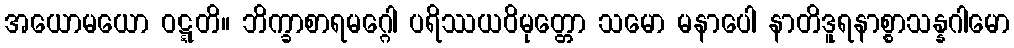
အယောမယော ဝဋ္ဋတိ။ ဘိက္ခာစာရမဂ္ဂေါ ပရိဿယဝိမုတ္တော သမော မနာပေါ နာတိဒူရနာစ္စာသန္နဂါမော